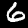
Label: 6